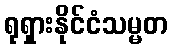
ရုရှားနိုင်ငံသမ္မတ